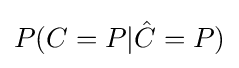
P(C=P|{\hat {C}}=P)